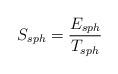
LaTeX: \begin{align*}S_{sph} = \frac{E_{sph}}{T_{sph}}\end{align*}